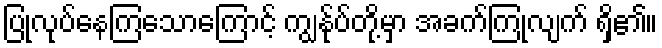
ပြုလုပ်နေကြသောကြောင့် ကျွန်ုပ်တို့မှာ အခက်ကြုံလျက် ရှိ၏။